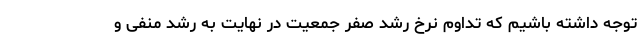
توجه داشته باشیم که تداوم نرخ رشد صفر جمعیت در نهایت به رشد منفی و